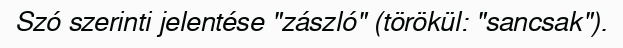
Szó szerinti jelentése "zászló" (törökül: "sancsak").